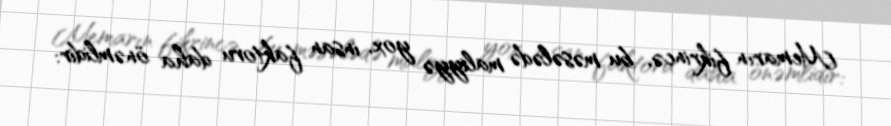
Memarın fikrincə, bu məsələdə maliyyə yox, insan faktoru daha önəmlidir: